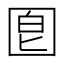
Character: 𡇠